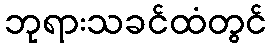
ဘုရားသခင်ထံတွင်